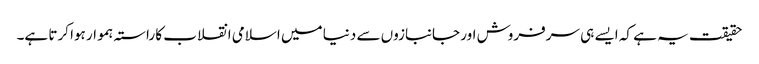
حقیقت یہ ہے کہ ایسے ہی سرفروش اور جانبازوں سے دنیا میں اسلامی انقلاب کا راستہ ہموار ہوا کرتا ہے۔